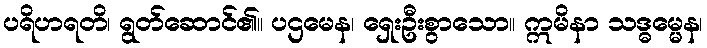
ပရိဟရတိ၊ ရွတ်ဆောင်၏။ ပဌမေန၊ ရှေးဦးစွာသော။ ဣမိနာ သဒ္ဓမ္မေန၊